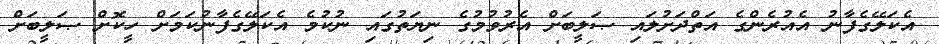
އެކަލޭގެފާނު އެއުރެންގެ އަތްދަށުލައި ޞަލީބަށް އެރުވުމުގެ ނިޔަތުގައި ނުކުމެ އެކަލޭގެފާނުކަމަށް ހީކޮށް ޞަލީބަށް